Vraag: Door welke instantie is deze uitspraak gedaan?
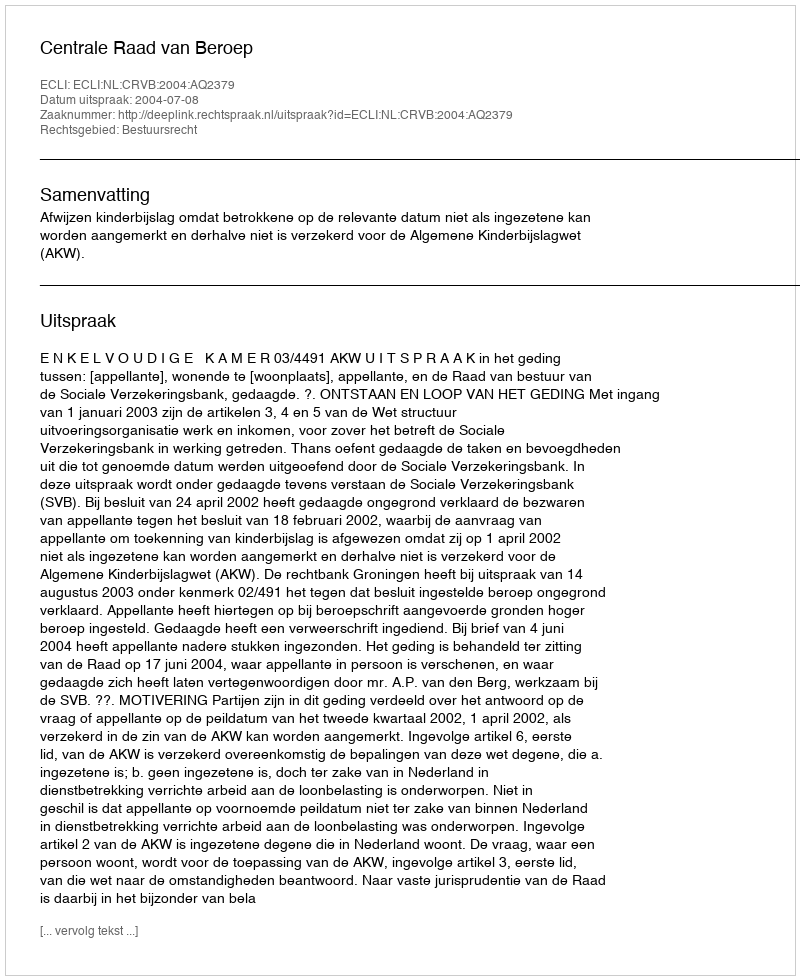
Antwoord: Centrale Raad van Beroep